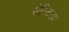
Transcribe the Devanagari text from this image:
सेस्टिडा